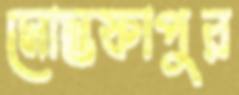
মোস্তফাপুর